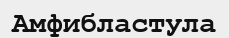
Амфибластула